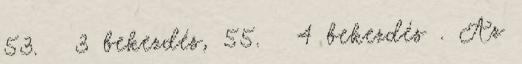
53. § 3 bekezdés, 55. § 4 bekezdés . Az